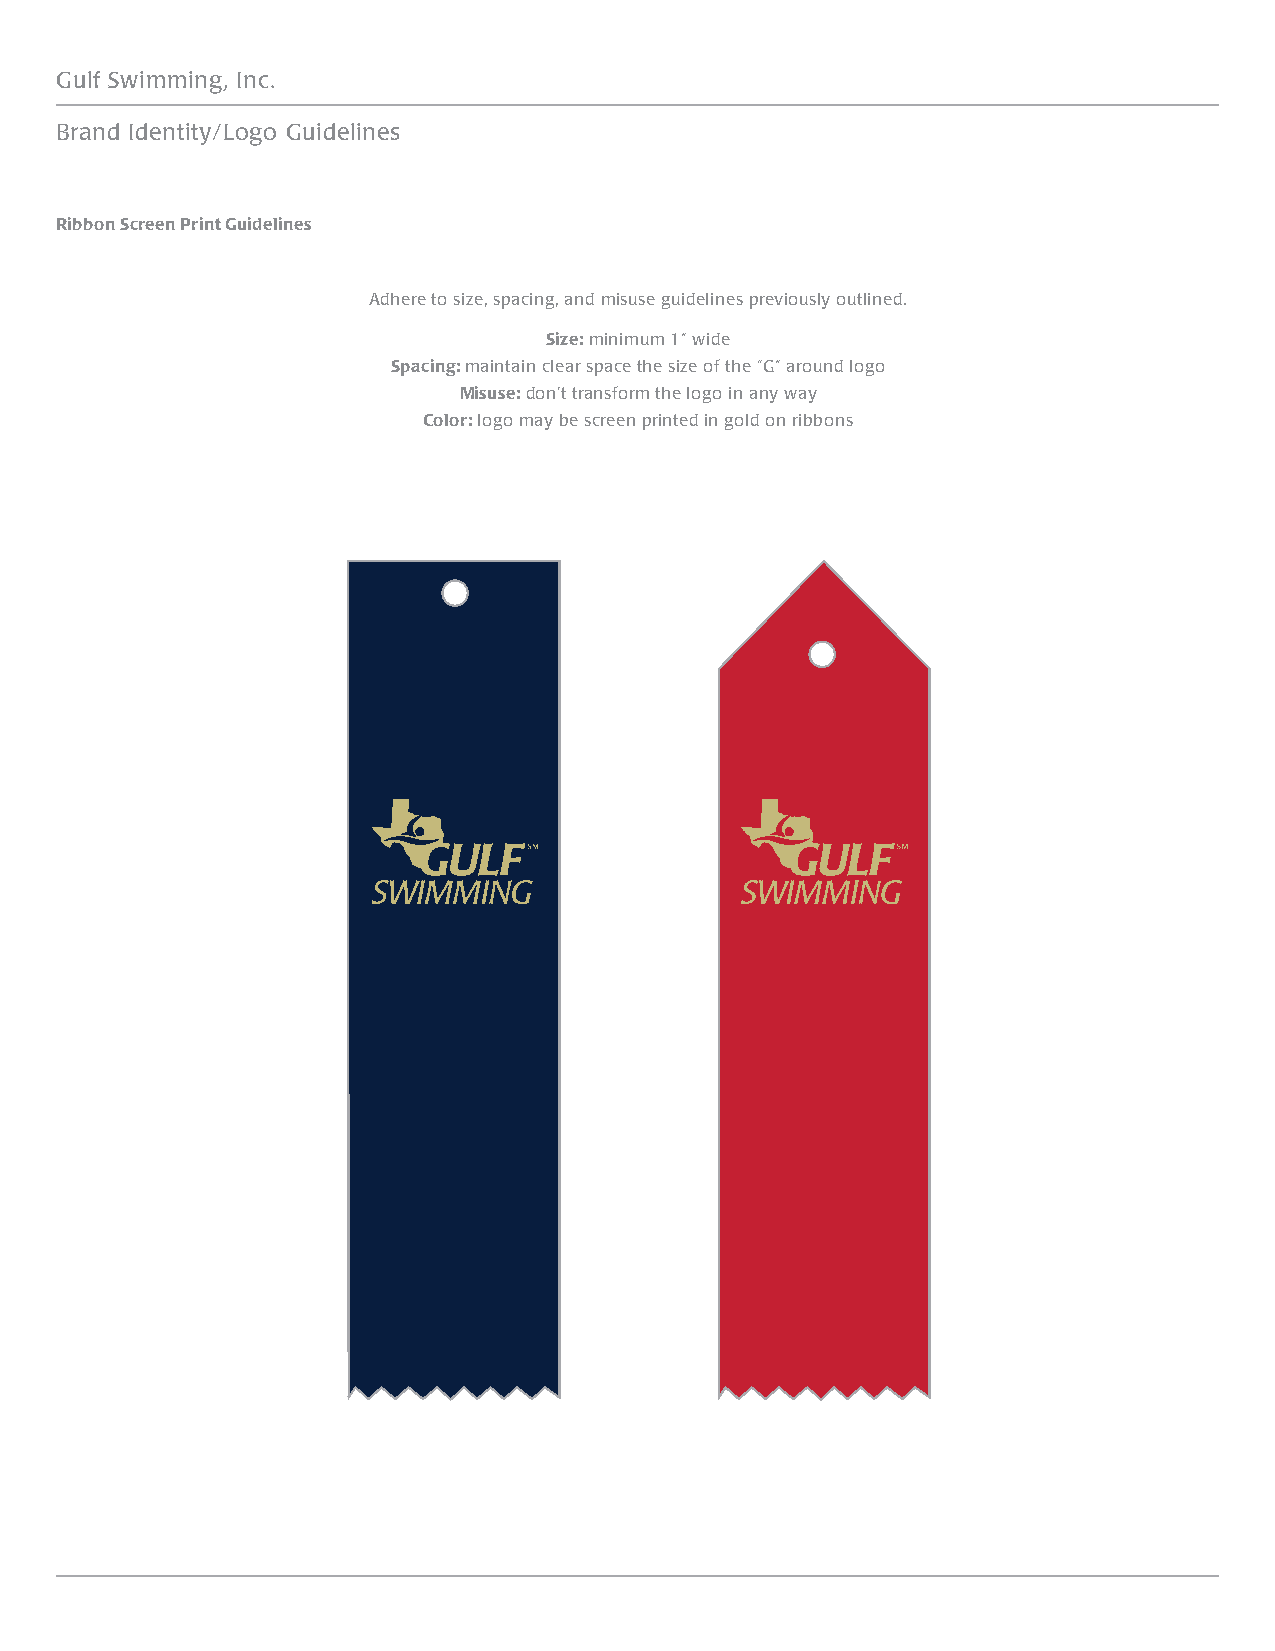
Gulf Swimming, Inc.
 Brand Identity/Logo Guidelines
 Ribbon Screen Print Guidelines
 Adhere to size, spacing, and misuse guidelines previously outlined.
 Size: minimum 1” wide
 Spacing: maintain clear space the size of the “G” around logo
 Misuse: don’t transform the logo in any way
 Color: logo may be screen printed in gold on ribbons